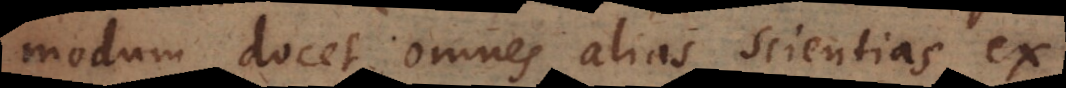
modum docet omnes alias scientias ex